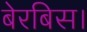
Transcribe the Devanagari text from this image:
बेरबिस।